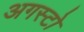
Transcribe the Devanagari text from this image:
अगस्टो